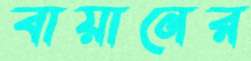
বায়ানের